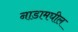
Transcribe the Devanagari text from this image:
नाडामघील